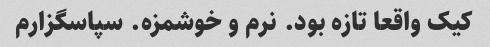
کیک واقعا تازه بود. نرم و خوشمزه. سپاسگزارم